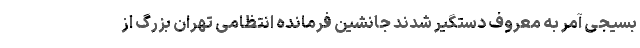
بسیجی آمر به معروف دستگیر شدند جانشین فرمانده انتظامی تهران بزرگ از